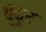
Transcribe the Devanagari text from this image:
थुंकून